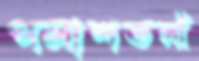
পলাশতলী